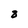
Character: 8